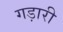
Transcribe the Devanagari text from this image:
गड़ारी